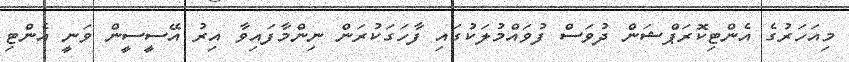
މިއަހަރުގެ އެންޓިކޮރަޕްޝަން ދުވަސް ފުވައްމުލަކުގައި ފާހަގަކުރަން ނިންމާފައިވާ އިރު އޭސީސީން ވަނީ އެންޓި